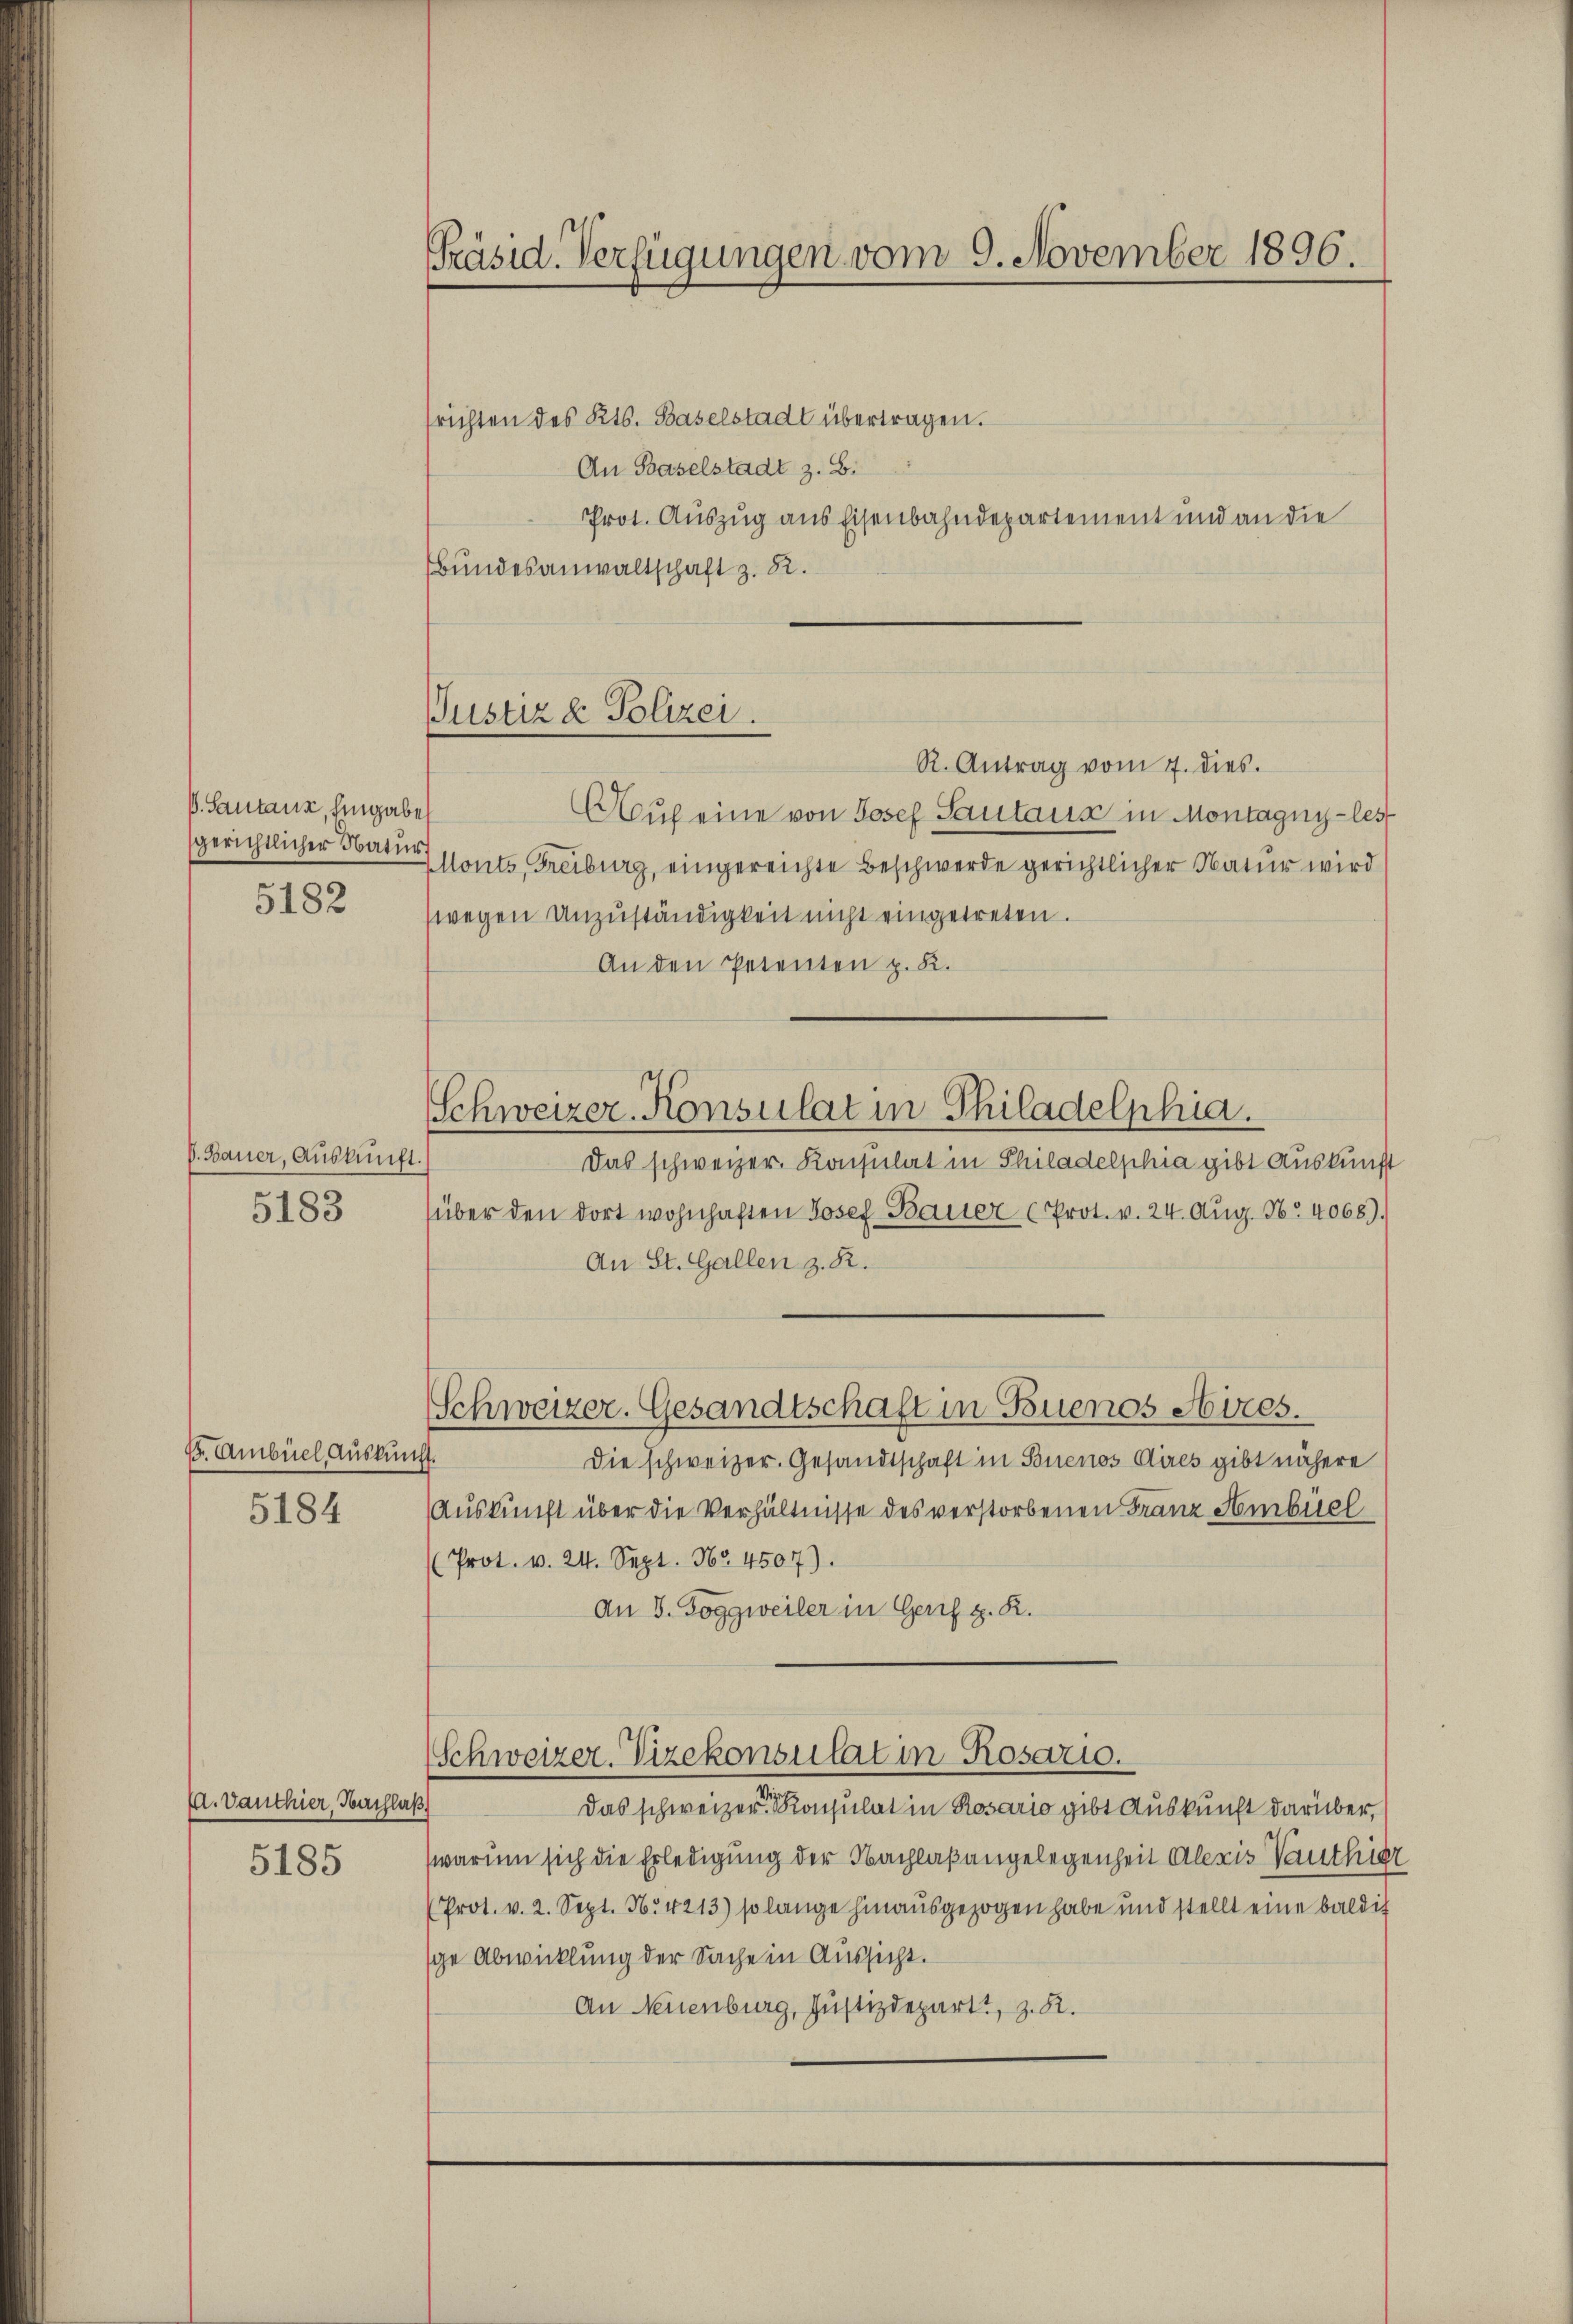
V. Santans, Eingabe
gerichtlicher Natur
5182

d. Bauer, Auskunft.
5183

E. Ambüel, Auskun
5184

(A. Danthier, Nachlaß

5185

Präsid. Verfügungen vom 9. November 1896.

Justiz & Polizei.

Schweizer-Konsulat in Philadelphia.

richten des Kts. Baselstadt übertragen.
An Baselstadt z. B.
Prot. Auszug aus Eisenbahndepartement und an die
Bundesanwaltschaft z. B.
R. Antrag vom 7. dies.
Auf eine von Josef Sautaus in Montagny-les
Monts, Freiburg, eingereichte Beschwerde gerichtlicher Natur wird
wegen Unzuständigkeit nicht eingetreten.
An den Petenten p. K.
Das schweizer. Konsulat in Philadelphia gibt Auskunf
über den dort wohnhaften Josef Bauer (Prot. v. 24. Aug. No. 4068).
An St. Gallen z. R.
Schweizer. Gesandtschaft in Buenos Aires.
.
Die schweizer. Gesandtschaft in Buenos Aires gibt nähere
Auskunft über die Verhältnisse des verstorbenen Franz Ambüch
(Prot. v. 24. Sept. Nr. 4507).
An 8. Toggweiler in Geres z. R.
Schweizer. Vizekonsulat in Rosario.
Das schweizer Konsulat in Rosario gibt Auskunft darüber,
warum sich die Erledigung der Nachlaßangelegenheit Alexis authe
(Prot. v. 2. Sept. N. 4213) so lange hinausgezogen habe und stellt eine baldi
sge Abwicklung der Sache in Aussicht.
An Neuenburg, Justizdepart, z. R.